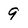
Character: 9